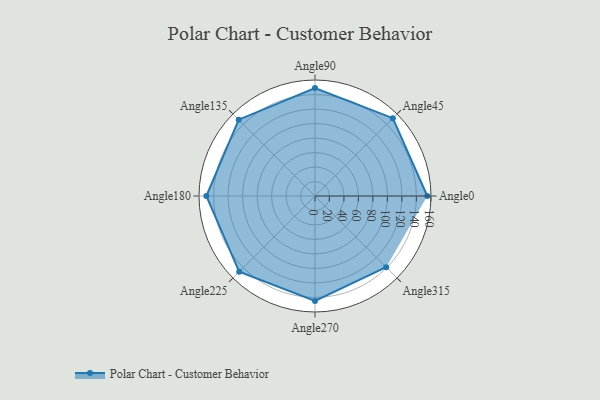
{"axis": {"x": "Angle", "y": "Radius"}, "legend": [""], "data": [{"x": "Angle0", "y": 155.0, "type": ""}, {"x": "Angle45", "y": 152.0, "type": ""}, {"x": "Angle90", "y": 149.0, "type": ""}, {"x": "Angle135", "y": 149.0, "type": ""}, {"x": "Angle180", "y": 150.0, "type": ""}, {"x": "Angle225", "y": 148.0, "type": ""}, {"x": "Angle270", "y": 145.0, "type": ""}, {"x": "Angle315", "y": 139.0, "type": ""}]}